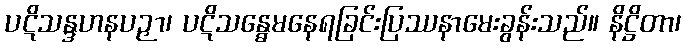
ပဋိသန္ဒဟနပဉှာ၊ ပဋိသန္ဓေမနေရခြင်းပြဿနာမေးခွန်းသည်။ နိဋ္ဌိတာ၊